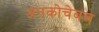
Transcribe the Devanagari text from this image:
अनकोचेबल